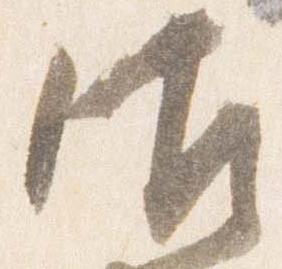
御